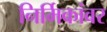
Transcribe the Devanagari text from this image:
निर्मिकांवर